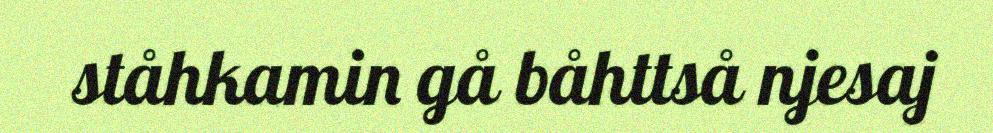
ståhkamin gå båhttså njesaj